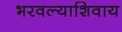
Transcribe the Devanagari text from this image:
भरवल्याशिवाय